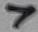
Text: 7